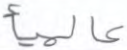
عالميأ